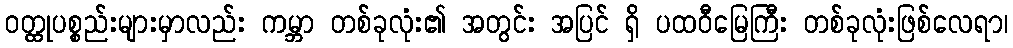
ဝတ္ထုပစ္စည်းများမှာလည်း ကမ္ဘာ တစ်ခုလုံး၏ အတွင်း အပြင် ရှိ ပထဝီမြေကြီး တစ်ခုလုံးဖြစ်လေရာ၊